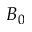
B _ { 0 }